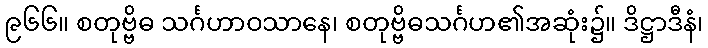
၉၆၆။ စတုဗ္ဗိဓ သင်္ဂဟာဝသာနေ၊ စတုဗ္ဗိဓသင်္ဂဟ၏အဆုံး၌။ ဒိဋ္ဌာဒီနံ၊